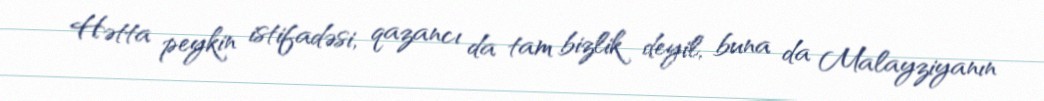
Hətta peykin istifadəsi, qazancı da tam bizlik deyil, buna da Malayziyanın